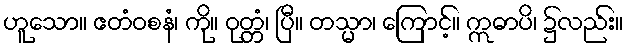
ဟူသော။ ဧတံဝစနံ၊ ကို။ ဝုတ္တံ၊ ပြီ။ တသ္မာ၊ ကြောင့်။ ဣဓာပိ၊ ၌လည်း။